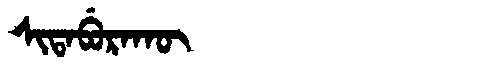
Manchu: ᠰᡳᡨᠠᠪᡠᡵᠠᡴᡡ
Romanization: SITABURAKŪ